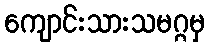
ကျောင်းသားသမဂ္ဂမှ